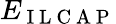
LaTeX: E_{\mathrm{~I~L~C~A~P~}}